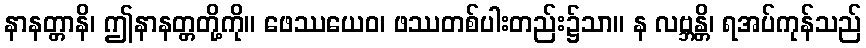
နာနတ္တာနိ၊ ဤနာနတ္တတို့ကို။ ဖေဿယေဝ၊ ဖဿတစ်ပါးတည်း၌သာ။ န လဗ္ဘန္တိ၊ ရအပ်ကုန်သည်